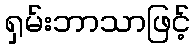
ရှမ်းဘာသာဖြင့်